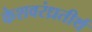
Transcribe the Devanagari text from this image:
केशवरंध्रतीर्थ